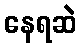
နေရဆဲ